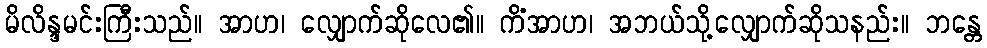
မိလိန္ဒမင်းကြီးသည်။ အာဟ၊ လျှောက်ဆိုလေ၏။ ကိံအာဟ၊ အဘယ်သို့လျှောက်ဆိုသနည်း။ ဘန္တေ